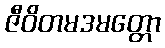
ဇီဝိတမဒမတ္တော